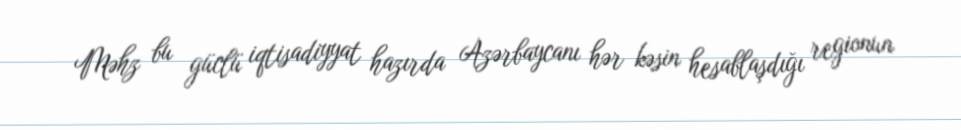
Məhz bu güclü iqtisadiyyat hazırda Azərbaycanı hər kəsin hesablaşdığı regionun